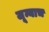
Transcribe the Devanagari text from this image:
जून्याच